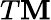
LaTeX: T\mathbf{M}